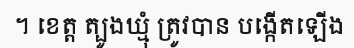
។ ខេត្ត ត្បូងឃ្មុំ ត្រូវបាន បង្កើតឡើង